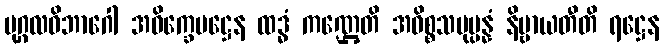
ပုဂ္ဂလဝိဘာဂေါ အဝိက္ခေပဋ္ဌေန ထဒ္ဓံ ကဏ္ဌေတိ အဓိစ္စသမုပ္ပန္နံ နိဗ္ဗာယတီတိ ရဋ္ဌေန